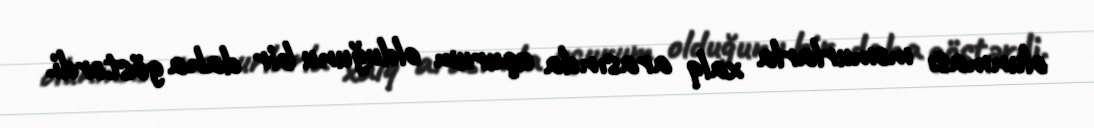
olunması məmurlarla xalq arasında uçurum olduğunu bir daha göstərdi.